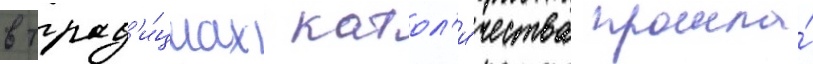
в трад'и́циах катол'и́чества прошла́